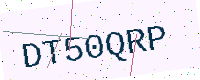
Text: DT50QRP